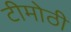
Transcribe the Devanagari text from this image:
टीमोठी